Vaccination in Burma 1889-1999 - 1889-1999
Year: 1889
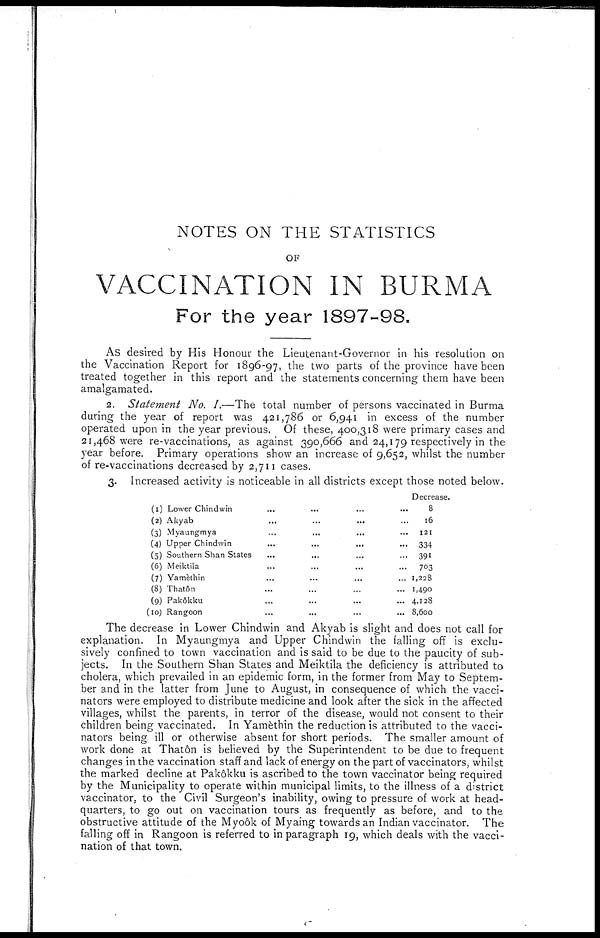
NOTES ON THE STATISTICS
OF
VACCINATION IN BURMA
For the year 1897-98.
As desired by His Honour the Lieutenant-Governor in his resolution on
the Vaccination Report for 1896-97, the two parts of the province have been
treated together in this report and the statements concerning them have been
amalgamated.
2. Statement No. I.—The total number of persons vaccinated in Burma
during the year of report was 421,786 or 6,941 in excess of the number
operated upon in the year previous. Of these, 400,318 were primary cases and
21,468 were re-vaccinations, as against 390,666 and 24,179 respectively in the
year before. Primary operations show an increase of 9,652, whilst the number
of re-vaccinations decreased by 2,711 cases.
3. Increased activity is noticeable in all districts except those noted below.
(1) Lower Chindwin ... ... ... ...
(2) Akyab ... ... ... ...
(3) Myaungmya ... ... ... ...
(4) Upper Chindwin
...
...
...
...
(5) Southern Shan States ... ... ... ...
(6) Meiktila ... ... ... ...
(7) Yamethin ... ... ... ...
(8) Thatôn ... ... ... ...
(9) Pakôkku ... ... ... ...
(10) Rangoon ... ... ... ...
Decrease.
8
16
121
334
391
703
1,228
1,490
4,128
8,600
The decrease in Lower Chindwin and Akyab is slight and does not call for
explanation. In Myaungmya and Upper Chindwin the falling off is exclu-
sively confined to town vaccination and is said to be due to the paucity of sub-
jects. In the Southern Shan States and Meiktila the deficiency is attributed to
cholera, which prevailed in an epidemic form, in the former from May to Septem-
ber and in the latter from June to August, in consequence of which the vacci-
nators were employed to distribute medicine and look after the sick in the affected
villages, whilst the parents, in terror of the disease, would not consent to their
children being vaccinated. In Yamèthin the reduction is attributed to the vacci-
nators being ill or otherwise absent for short periods. The smaller amount of
work done at Thatôn is believed by the Superintendent to be due to frequent
changes in the vaccination staff and lack of energy on the part of vaccinators, whilst
the marked decline at Pakôkku is ascribed to the town vaccinator being required
by the Municipality to operate within municipal limits, to the illness of a district
vaccinator, to the Civil Surgeon's inability, owing to pressure of work at head-
quarters, to go out on vaccination tours as frequently as before, and to the
obstructive attitude of the Myoôk of Myaing towards an Indian vaccinator. The
falling off in Rangoon is referred to in paragraph 19, which deals with the vacci-
nation of that town.